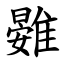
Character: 䨃